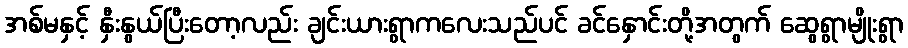
အစ်မနှင့် နှီးနွယ်ပြီးတော့လည်း ချင်းယားရွာကလေးသည်ပင် ခင်နှောင်းတို့အတွက် ဆွေရွာမျိုးရွာ